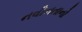
નવીનતાનો